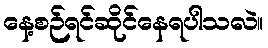
နေ့စဉ်ရင်ဆိုင်နေရပါသလဲ။